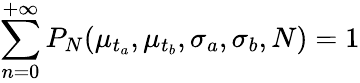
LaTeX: \sum_{n=0}^{+\infty}P_{N}(\mu_{t_{a}},\mu_{t_{b}},\sigma_{a},\sigma_{b},N)=1